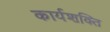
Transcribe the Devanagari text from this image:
कार्यशक्‍ति